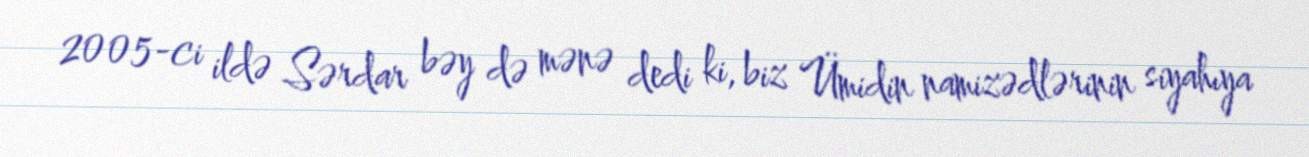
2005-ci ildə Sərdar bəy də mənə dedi ki, biz Ümidin namizədlərinin siyahıya